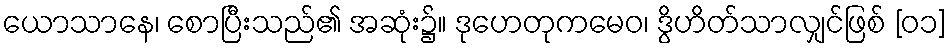
ယောသာနေ၊ စောပြီးသည်၏ အဆုံး၌။ ဒုဟေတုကမေဝ၊ ဒွိဟိတ်သာလျှင်ဖြစ် [၀၁]